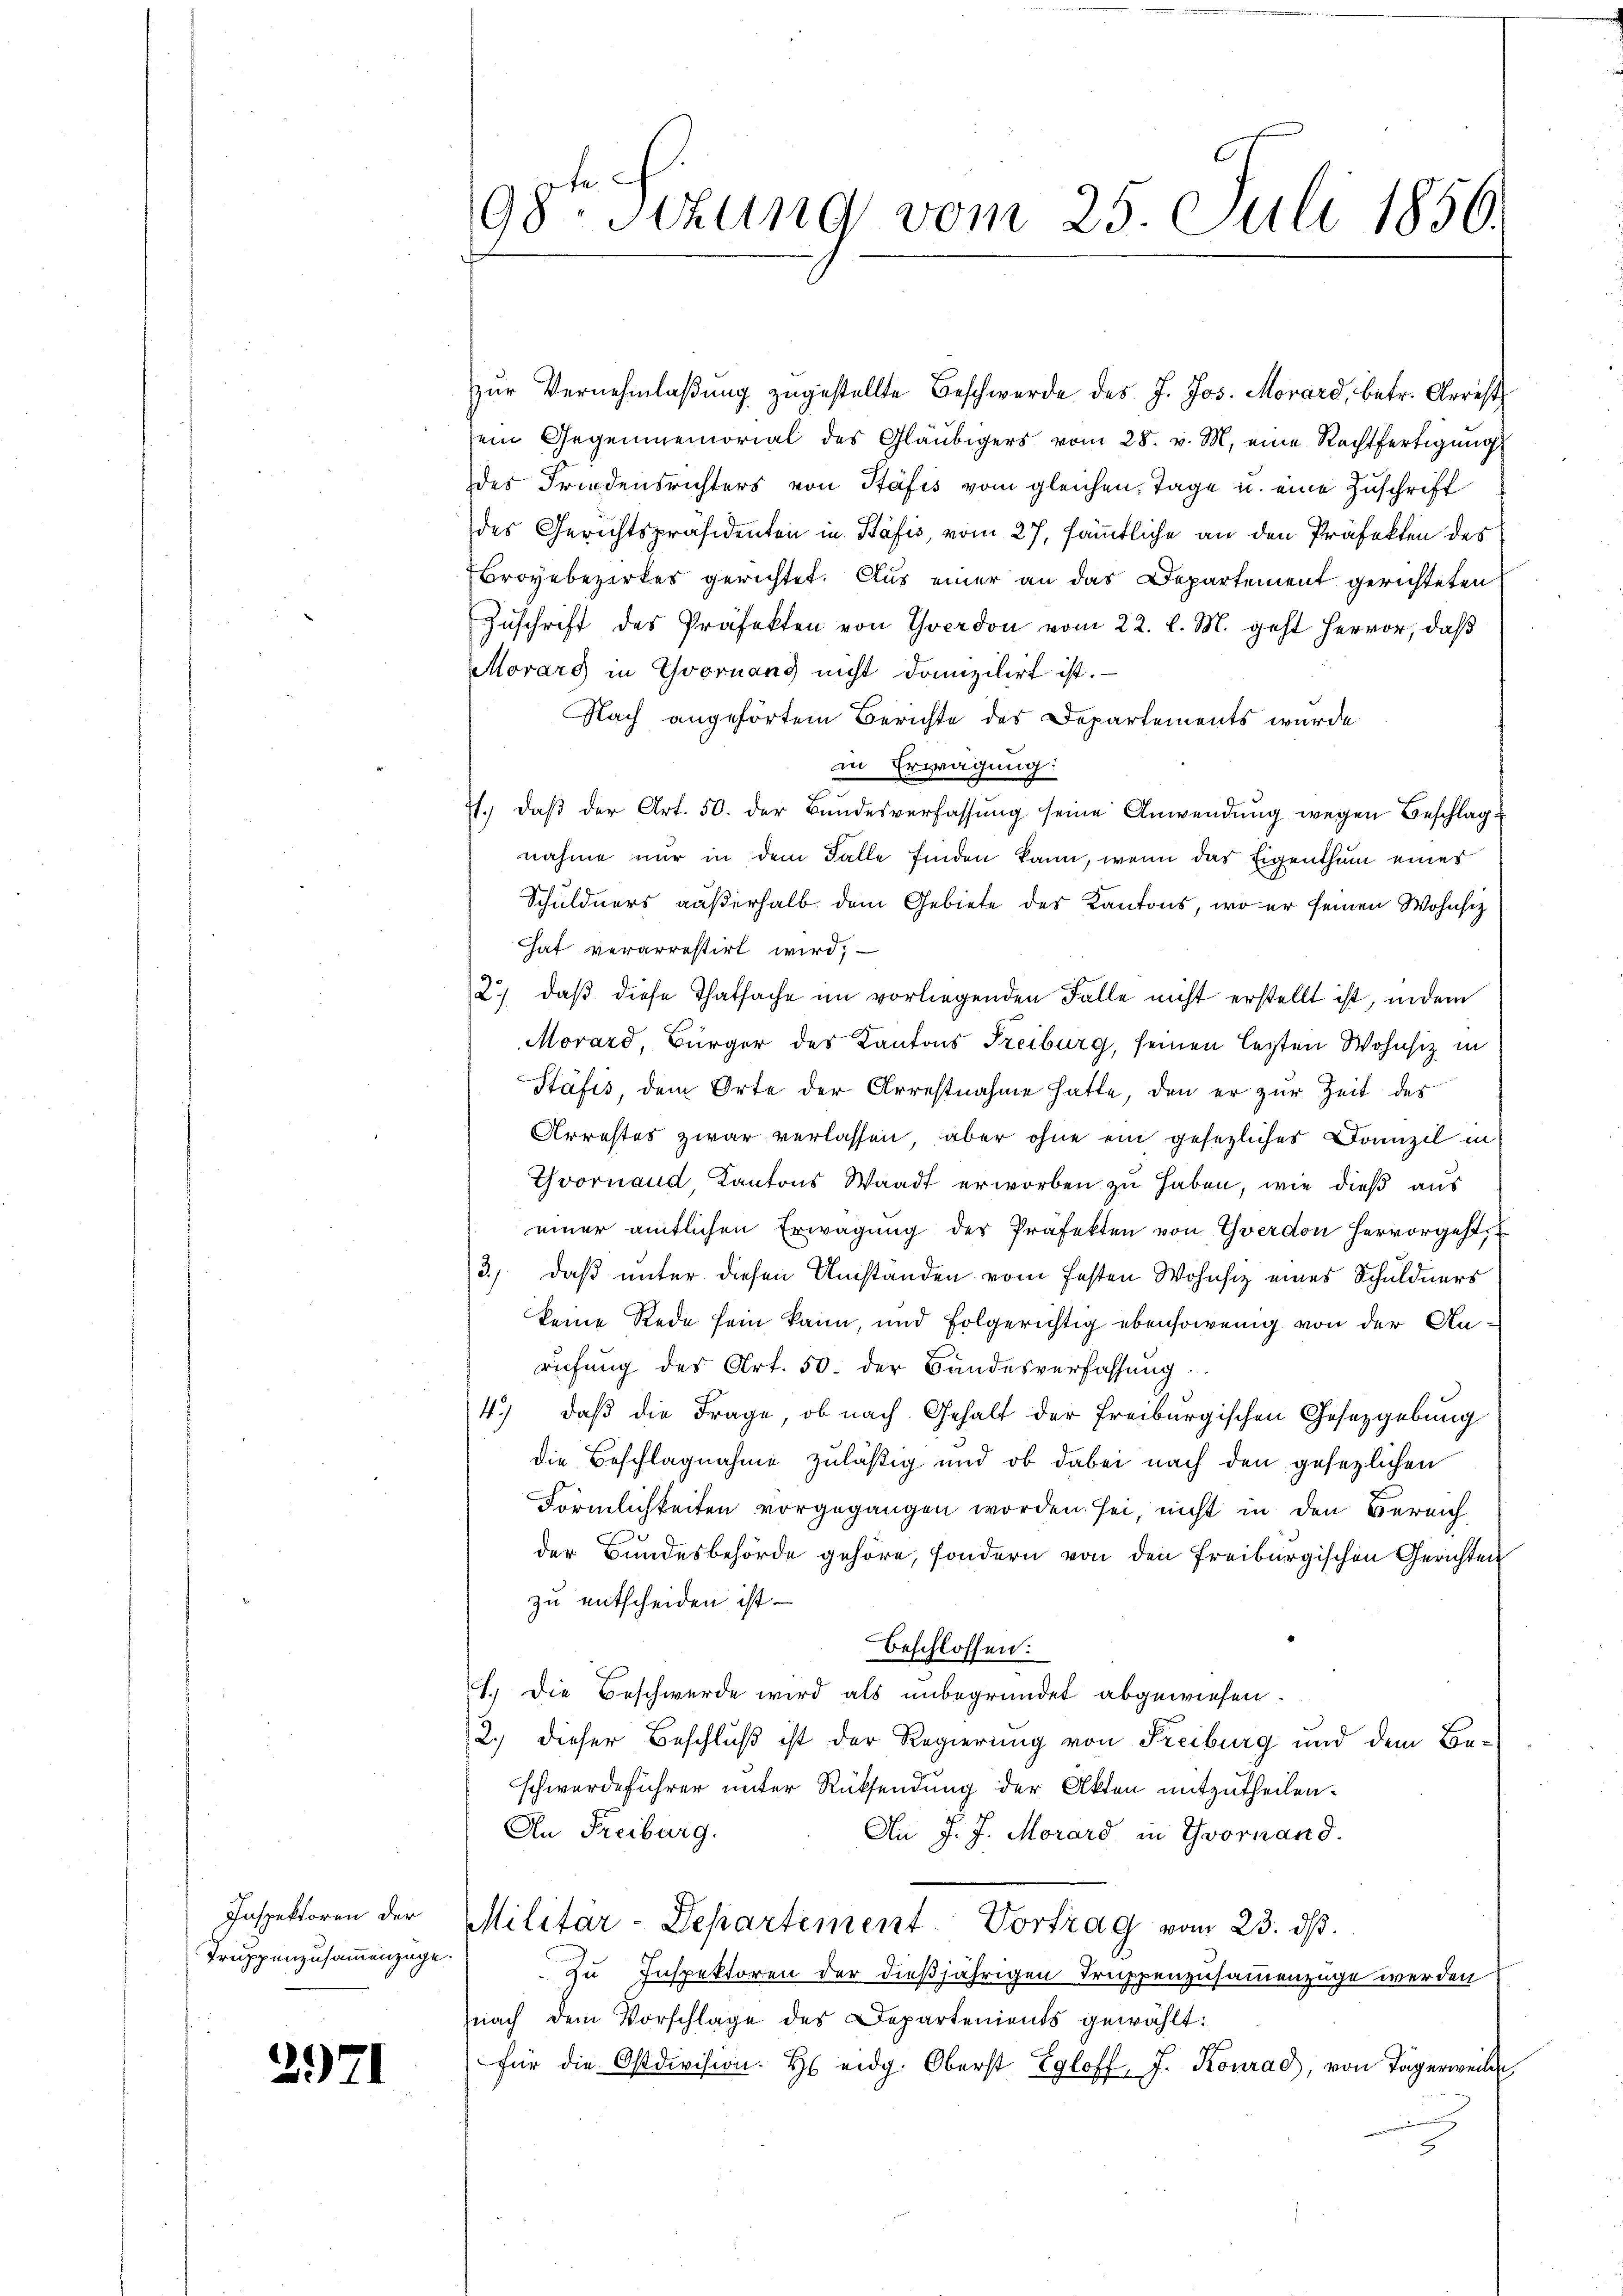
Inspektoren der
Truppenzusammenzüge.

2971

98. Stzung vom 25. Juli 1850.

zŭr Vernehmlaβŭng zugestellte Beschwerde des J. Jos. Morard, betr. Arrest
ein Gegenmemorial des Gläubigers vom 28. v. M. eine Rechtfertigung
des Friedensrichters von Stäfis vom gleichen Tage u. eine Zuschrift
des Gerichtspräsidenten in Päfis, vom 27. sämtliche an den Präfekten des
Broyebezirkes gerichtet. Aus einer an das Departement gerichteten
Zuschrift des Präfekten von Yverdon vom 22. l. M. geht hervor, daß
Movarg in Yvornang nicht domizilirt ist.
Nach angehörtem Berichte des Departements wurde
in Erwägung:
71. daβ der Art. 50. der Bŭndesverfassŭng seine Anwendung wegen Beschlag
nahme nur in dem Falle finden kann, wenn das Eigenthum eines
Schuldners außerhalb dem Gebiete des Kantons, wo er seinen Wohnsitz
hat verarrestirt wird,
2.) daβ diese Thatsache im vorliegenden Falle nicht erstellt ist, indem
Movard, Bürger des Kantons Freiburg, seinen lezten Wohnsiz in
Ptäfis, dem Orte der Arrestnahme hatte, den er zur Zeit des
Urrestes zwar verlassen, aber ohne ein gesezliches Domizil in
Yvornaud, Kantons Waadt erworben zu haben, wie dieß aus
einer amtlichen Erwägung des Präfekten von Yverdon hervorgeht,
3) daß unter diesen Umständen vom festen Wohnsiz eines Schuldners
keine Rede sein kann, und folgerichtig ebensowenig von der Anrufung des Art. 50. der Bandesverfassung.
4.) daß die Frage, ob nach Gehalt der Freiburgischen Gesetzgebung
die Beschlagnahme zuläßig und ob dabei nach den gesezlichen
Förmlichkeiten vorgegangen worden sei, nicht in den Bereich
der Bundesbehörde gehöre, sondern von den Freiburgischen Gerichten
zu entscheiden ist. —
beschlossen:
1.) Die Beschwerde wird als unbegründet abgewiesen.
2.) dieser Beschluß ist der Regierung von Freiburg und dem Beschwerdeführer unter Rücksendung der Akten mitzutheilen.
An Freiburg.
Ai J. J. Morard in Yvornand.
Militar-Departement Vortrag vom 23. ds.
zu Inspektoren der dießjährigen Truppenzusammenzüge werden
nach dem Vorschlage des Departements gewählt:
für die Ostdivision. H eidg. Oberst Egloff, J. Konrad, von Tägerweilen,
J